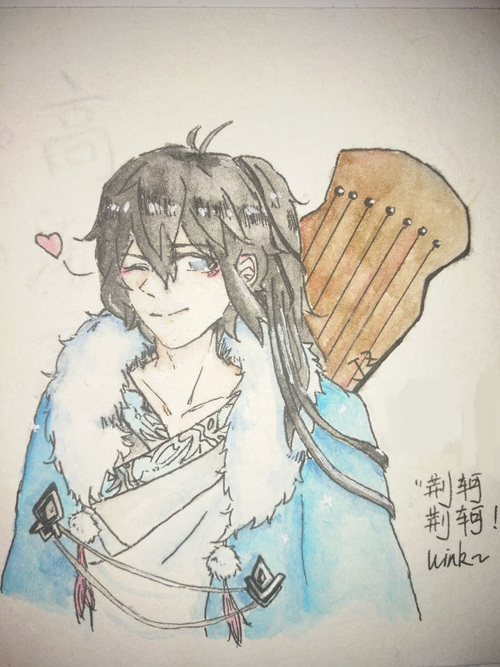
残酒忆荆高，燕赵悲歌事未消。